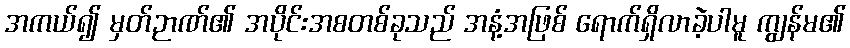
အကယ်၍ မှတ်ဉာဏ်၏ အပိုင်းအစတစ်ခုသည် အနံ့အဖြစ် ရောက်ရှိလာခဲ့ပါမူ ကျွန်မ၏